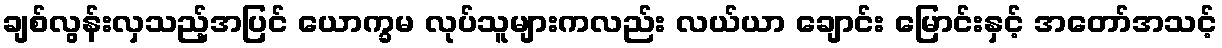
ချစ်လွန်းလှသည့်အပြင် ယောက္ခမ လုပ်သူများကလည်း လယ်ယာ ချောင်း မြောင်းနှင့် အတော်အသင့်